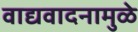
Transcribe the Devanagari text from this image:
वाद्यवादनामुळे